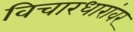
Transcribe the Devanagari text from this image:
विचारधारांवर